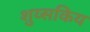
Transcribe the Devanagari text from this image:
शुय्सकिय